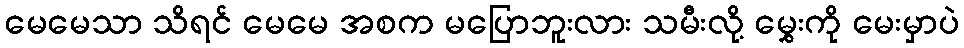
မေမေသာ သိရင် မေမေ အစက မပြောဘူးလား သမီးလို့ မွှေးကို မေးမှာပဲ